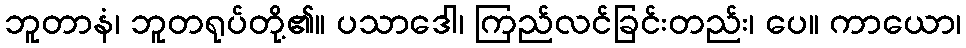
ဘူတာနံ၊ ဘူတရုပ်တို့၏။ ပသာဒေါ၊ ကြည်လင်ခြင်းတည်း၊ ပေ။ ကာယော၊